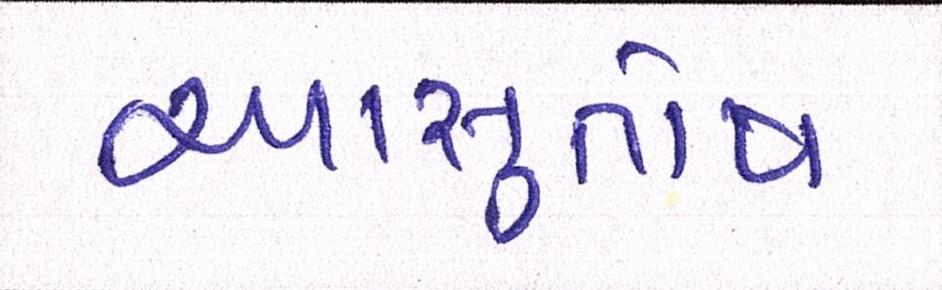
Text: આસુતોષ